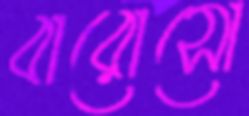
বারোসো